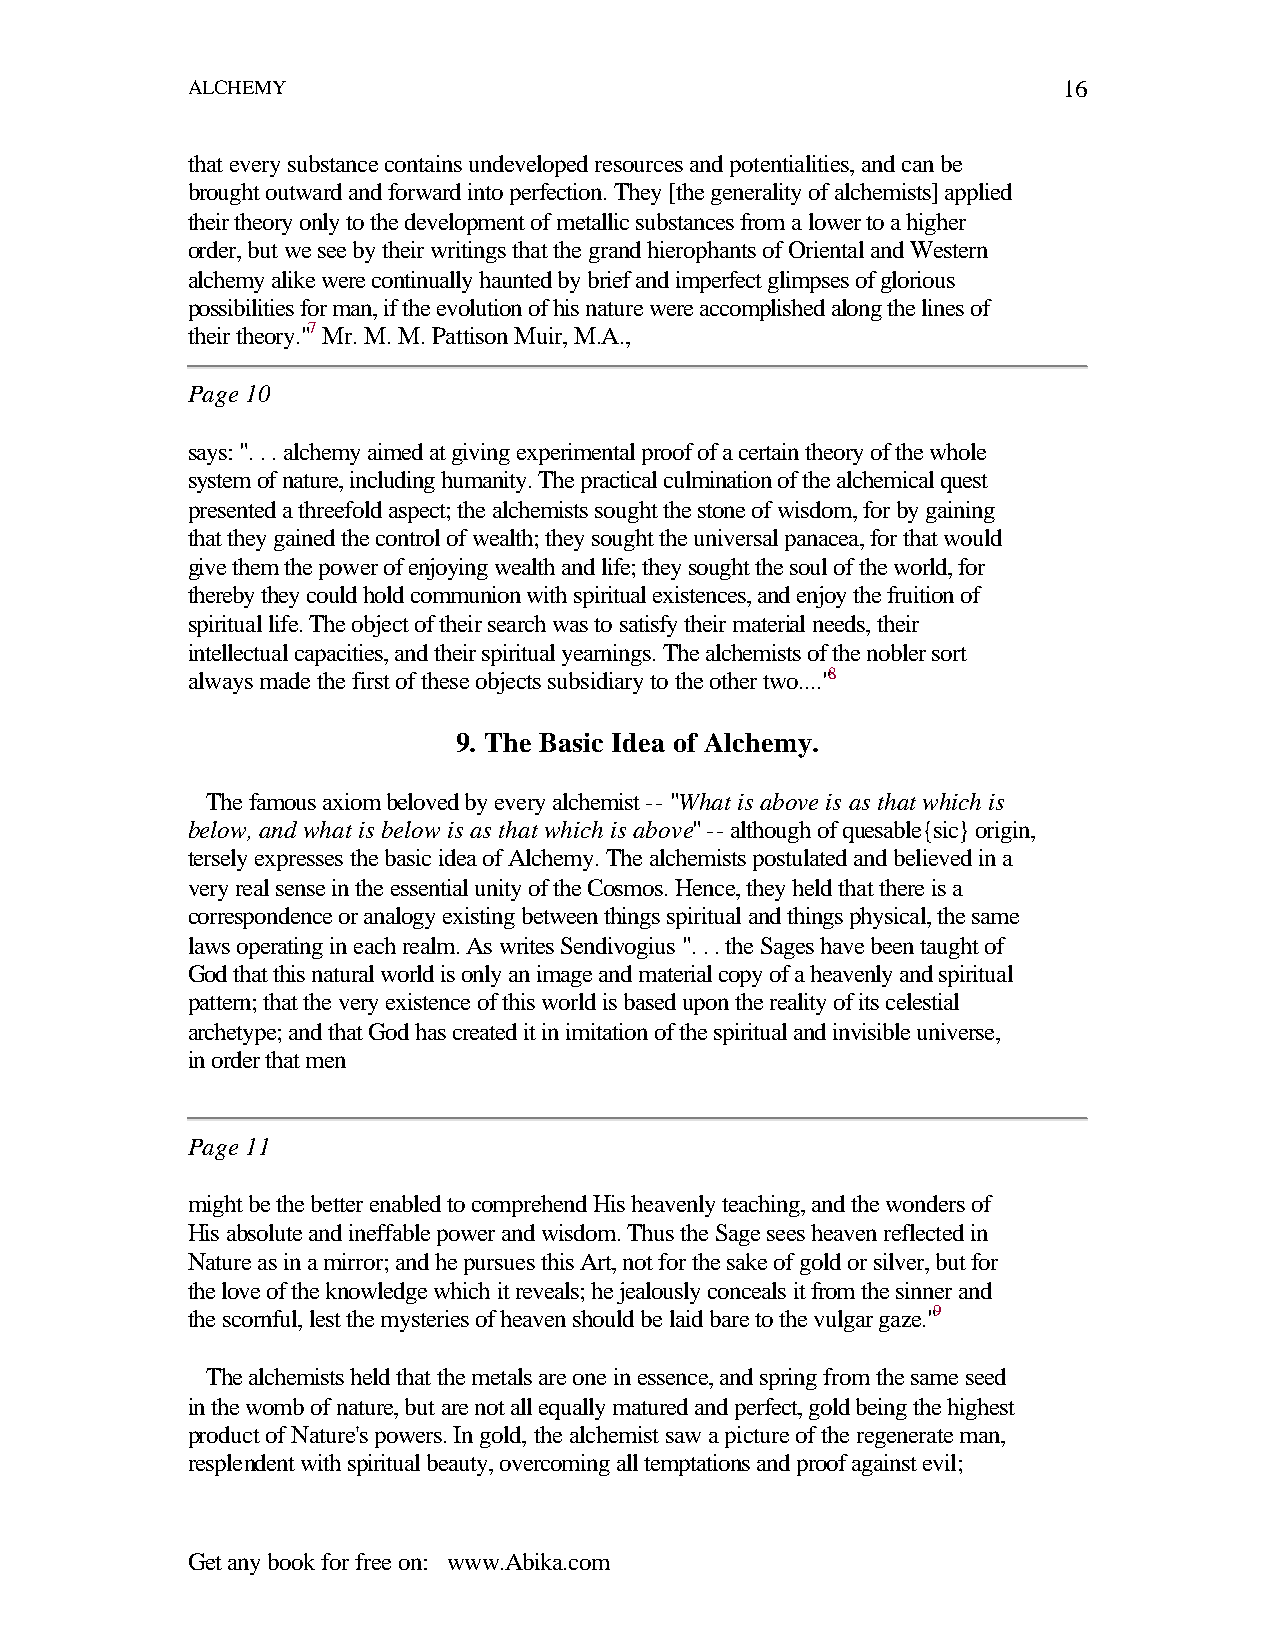
ALCHEMY                                                   16
 that every substance contains undeveloped resources and potentialities, and can be
 brought outward and forward into perfection. They [the generality of alchemists] applied
 their theory only to the development of metallic substances from a lower to a higher
 order, but we see by their writings that the grand hierophants of Oriental and Western
 alchemy alike were continually haunted by brief and imperfect glimpses of glorious
 possibilities for man, if the evolution of his nature were accomplished along the lines of
 their theory."7 Mr. M. M. Pattison Muir, M.A.,
 Page 10
 says: ". . . alchemy aimed at giving experimental proof of a certain theory of the whole
 system of nature, including humanity. The practical culmination of the alchemical quest
 presented a threefold aspect; the alchemists sought the stone of wisdom, for by gaining
 that they gained the control of wealth; they sought the universal panacea, for that would
 give them the power of enjoying wealth and life; they sought the soul of the world, for
 thereby they could hold communion with spiritual existences, and enjoy the fruition of
 spiritual life. The object of their search was to satisfy their material needs, their
 intellectual capacities, and their spiritual yearnings. The alchemists of the nobler sort
 always made the first of these objects subsidiary to the other two...."8
 9. The Basic Idea of Alchemy.
 The famous axiom beloved by every alchemist -- "What is above is as that which is
 below, and what is below is as that which is above" -- although of quesable{sic} origin,
 tersely expresses the basic idea of Alchemy. The alchemists postulated and believed in a
 very real sense in the essential unity of the Cosmos. Hence, they held that there is a
 correspondence or analogy existing between things spiritual and things physical, the same
 laws operating in each realm. As writes Sendivogius ". . . the Sages have been taught of
 God that this natural world is only an image and material copy of a heavenly and spiritual
 pattern; that the very existence of this world is based upon the reality of its celestial
 archetype; and that God has created it in imitation of the spiritual and invisible universe,
 in order that men
 Page 11
 might be the better enabled to comprehend His heavenly teaching, and the wonders of
 His absolute and ineffable power and wisdom. Thus the Sage sees heaven reflected in
 Nature as in a mirror; and he pursues this Art, not for the sake of gold or silver, but for
 the love of the knowledge which it reveals; he jealously conceals it from the sinner and
 the scornful, lest the mysteries of heaven should be laid bare to the vulgar gaze."9
 The alchemists held that the metals are one in essence, and spring from the same seed
 in the womb of nature, but are not all equally matured and perfect, gold being the highest
 product of Nature's powers. In gold, the alchemist saw a picture of the regenerate man,
 resplendent with spiritual beauty, overcoming all temptations and proof against evil;
 Get any book for free on: www.Abika.com